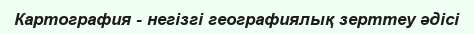
Картография - негізгі географиялық зерттеу әдісі